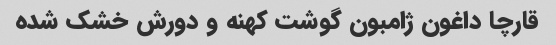
قارچا داغون ژامبون گوشت کهنه و دورش خشک شده